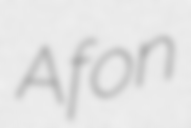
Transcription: Afon